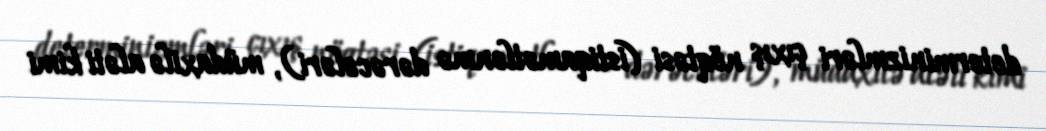
determinizmləri çıxış nöqtəsi (istiqamətlənmə dərəcələri), müdaxilə aləti kimi